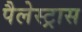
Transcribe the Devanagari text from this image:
पैलेस्ट्रास